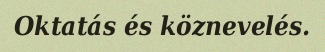
Oktatás és köznevelés.